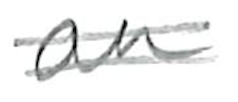
Text: an
Cross-out: double-line
Writing tool: pencil